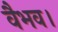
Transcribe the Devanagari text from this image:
वैभव।